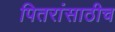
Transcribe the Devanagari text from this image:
पितरांसाठीच